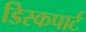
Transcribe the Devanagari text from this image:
डिस्कपार्ट